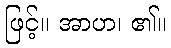
ဖြင့်။ အာဟ၊ ၏။